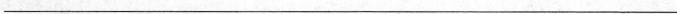
___